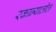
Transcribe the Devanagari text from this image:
रकान्यातील